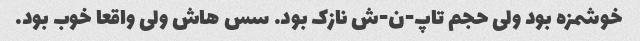
خوشمزه بود ولی حجم تاپ-ن-ش نازک بود. سس هاش ولی واقعا خوب بود.